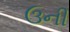
ઉની